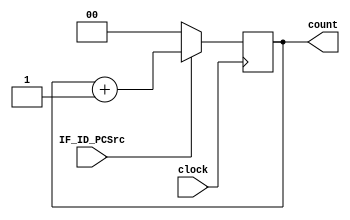
module counter(
input IF_ID_PCSrc,
input clock,
output reg [1:0] count
);
initial
count=0;

always @(posedge clock)
	begin
		if(IF_ID_PCSrc)
			count <= count + 1;
		else
			count <= 0;
	end

endmodule